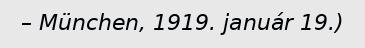
– München, 1919. január 19.)